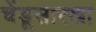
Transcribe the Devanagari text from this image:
चेंडूसारखा